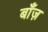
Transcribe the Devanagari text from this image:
बाँज़